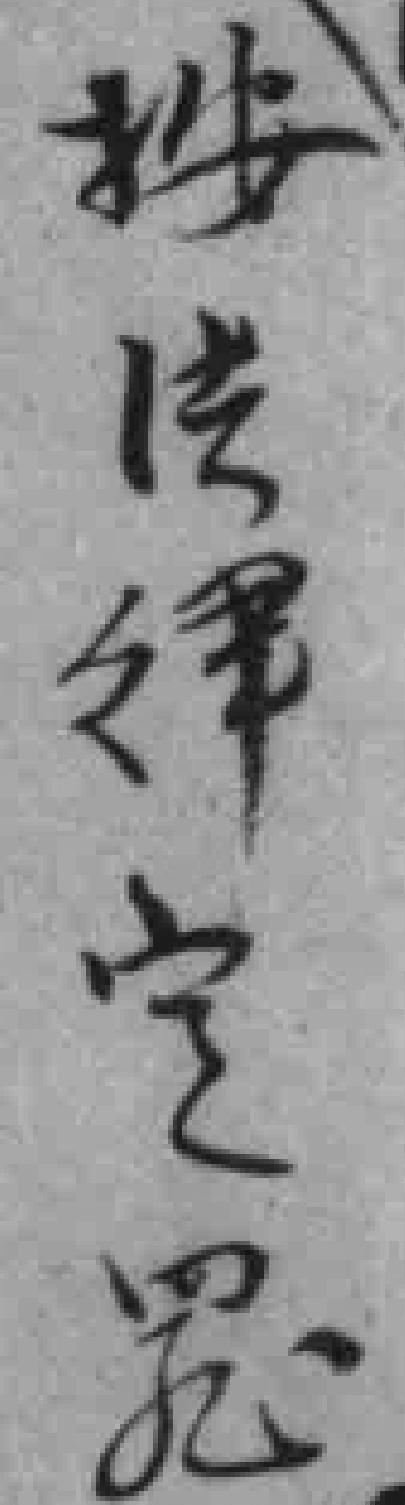
按法律定罰